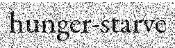
hunger-starve